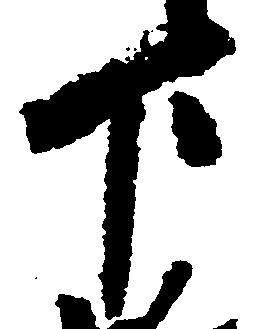
下